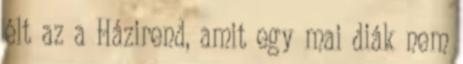
élt az a Házirend, amit egy mai diák nem